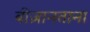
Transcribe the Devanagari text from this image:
बीज़ानताना